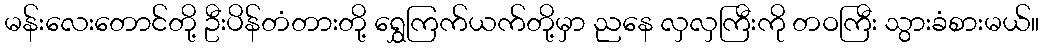
မန်းလေးတောင်တို့ ဦးပိန်တံတားတို့ ရွှေကြက်ယက်တို့မှာ ညနေ လှလှကြီးကို တဝကြီး သွားခံစားမယ်။